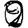
Digit: 0